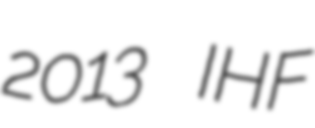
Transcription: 2013 IHF